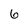
Character: 6